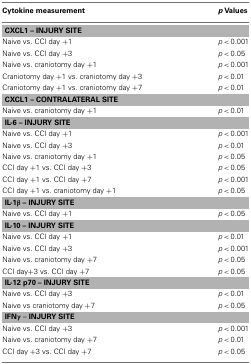
<table><thead><tr><td><b>Cytokine measurement</b></td><td><b><i>p</i> Values</b></td></tr></thead><tbody><tr><td colspan="2"><b>CXCL1 – INJURY SITE</b></td></tr><tr><td>Naive vs. CCI day +1</td><td><i>p &lt;</i> 0.001</td></tr><tr><td>Naive vs. CCI day +3</td><td><i>p &lt;</i> 0.05</td></tr><tr><td>Naive vs. craniotomy day +1</td><td><i>p &lt;</i> 0.001</td></tr><tr><td>Craniotomy day +1 vs. craniotomy day +3</td><td><i>p &lt;</i> 0.01</td></tr><tr><td>Craniotomy day +1 vs. craniotomy day +7</td><td><i>p &lt;</i> 0.01</td></tr><tr><td colspan="2"><b>CXCL1 – CONTRALATERAL SITE</b></td></tr><tr><td>Naive vs. craniotomy day +1</td><td><i>p &lt;</i> 0.01</td></tr><tr><td colspan="2"><b>IL-6 – INJURY SITE</b></td></tr><tr><td>Naive vs. CCI day +1</td><td><i>p &lt;</i> 0.001</td></tr><tr><td>Naive vs. CCI day +3</td><td><i>p &lt;</i> 0.01</td></tr><tr><td>Naive vs. craniotomy day +1</td><td><i>p &lt;</i> 0.05</td></tr><tr><td>CCI day +1 vs. CCI day +3</td><td><i>p &lt;</i> 0.05</td></tr><tr><td>CCI day +1 vs. CCI day +7</td><td><i>p &lt;</i> 0.001</td></tr><tr><td>CCI day +1 vs. craniotomy day +1</td><td><i>p &lt;</i> 0.05</td></tr><tr><td colspan="2"><b>IL-1β</b><b>– INJURY SITE</b></td></tr><tr><td>Naive vs. CCI day +1</td><td><i>p &lt;</i> 0.05</td></tr><tr><td colspan="2"><b>IL-10 – INJURY SITE</b></td></tr><tr><td>Naive vs. CCI day +1</td><td><i>p &lt;</i> 0.01</td></tr><tr><td>Naive vs. CCI day +3</td><td><i>p &lt;</i> 0.001</td></tr><tr><td>Naive vs. craniotomy day +7</td><td><i>p &lt;</i> 0.05</td></tr><tr><td>CCI day+3 vs. CCI day +7</td><td><i>p &lt;</i> 0.05</td></tr><tr><td colspan="2"><b>IL-12 p70 – INJURY SITE</b></td></tr><tr><td>Naive vs. CCI day +3</td><td><i>p &lt;</i> 0.01</td></tr><tr><td>Naive vs craniotomy day +7</td><td><i>p &lt;</i> 0.05</td></tr><tr><td colspan="2"><b>IFNγ</b> –<b>INJURY SITE</b></td></tr><tr><td>Naive vs. CCI day +3</td><td><i>p &lt;</i> 0.001</td></tr><tr><td>Naive vs. craniotomy day +7</td><td><i>p &lt;</i> 0.01</td></tr><tr><td>CCI day +3 vs. CCI day +7</td><td><i>p &lt;</i> 0.05</td></tr></tbody></table>